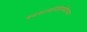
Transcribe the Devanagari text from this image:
स्वराज्यनिर्र्मितीच्या